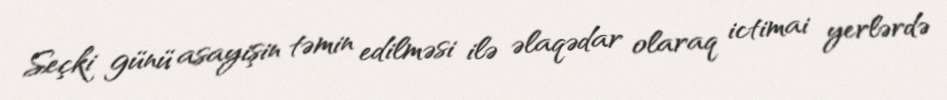
Seçki günü asayişin təmin edilməsi ilə əlaqədar olaraq ictimai yerlərdə